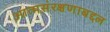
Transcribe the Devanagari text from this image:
आत्मसंरक्षणाबद्दल